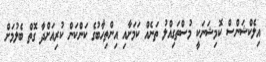
އިލެކްޝަންސް ކޮމިޝަނަކީ މުސްތަގިއްލު ތަނެއް ކަމަށާއި އިންތިހާބުގެ ކަންކަން ކުރިއަށްދާ ގޮތް ބެލުމަށް